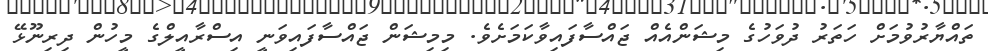
ތައްޔާރުވުމަށް ހަތަރު ދުވަހުގެ މިޝަންއެއް ޖައްސާފައިވާކަމަށެވެ. މިމިޝަން ޖައްސާފައިވަނީ އިސްރާއީލްގެ މީހުން ދިރިނޫޅޭ